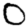
Digit: 0